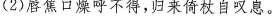
(2)唇焦口燥呼不得，归来倚杖自叹息。